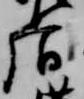
后